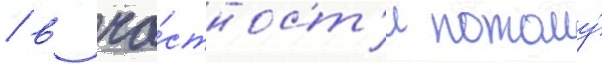
/ в ча́стност'и потому́